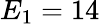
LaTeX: E_{1}=14